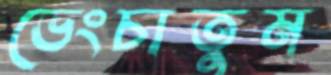
ভেংচাতুম